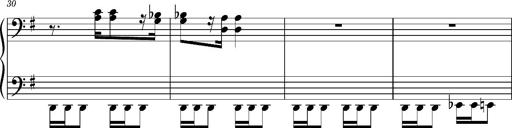
Title: Ungarischer Romanzero
Composer: Franz Liszt